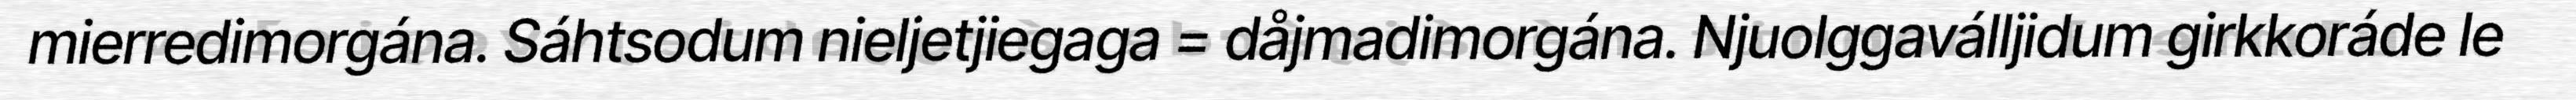
mierredimorgána. Sáhtsodum nieljetjiegaga = dåjmadimorgána. Njuolggaválljidum girkkoráde le